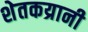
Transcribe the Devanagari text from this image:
शेतकय्रानी